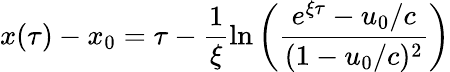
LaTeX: x(\tau)-x_{0}=\tau-\frac{1}{\xi}\ln\left(\frac{e^{\xi\tau}-u_{0}/c}{(1-u_{0}/c)^{2}}\right)